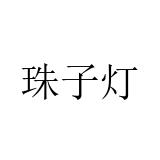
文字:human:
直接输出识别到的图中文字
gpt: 珠子灯